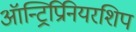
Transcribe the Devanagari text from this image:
ऑन्ट्रिप्रिनियरशिप